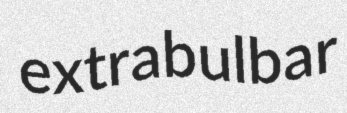
extrabulbar